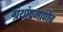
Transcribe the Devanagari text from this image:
ग्रंथांप्रमाणेच